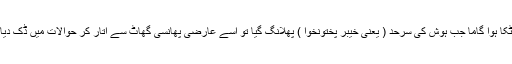
الٹا لٹکا ہوا گاما جب ہوش کی سرحد ( یعنی خیبر پختونخوا ) پھلانگ گیا تو اسے عارضی پھانسی گھاٹ سے اتار کر حوالات میں ڈک دیا گیا۔